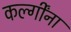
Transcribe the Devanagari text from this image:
कर्ल्गींना